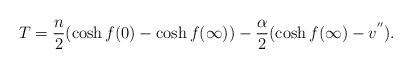
LaTeX: \begin{align*}T=\frac{n}{2}(\cosh f(0)-\cosh f(\infty))-\frac{\alpha}{2}(\cosh f(\infty)-v^{''}).\end{align*}